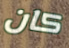
كان